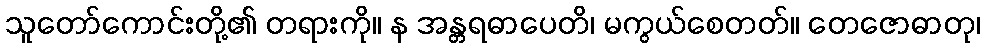
သူတော်ကောင်းတို့၏ တရားကို။ န အန္တရဓာပေတိ၊ မကွယ်စေတတ်။ တေဇောဓာတု၊